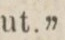
ut.”